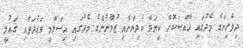
ދިވެހިންގެ މެދުގައި ޚާއްޞަކޮށް ކިޔަވާ ކުދިންނާއި ޒުވާނުންގެ މެދުގައި އިސްލާމީ ވަޙުދަތާއި ޤައުމީ